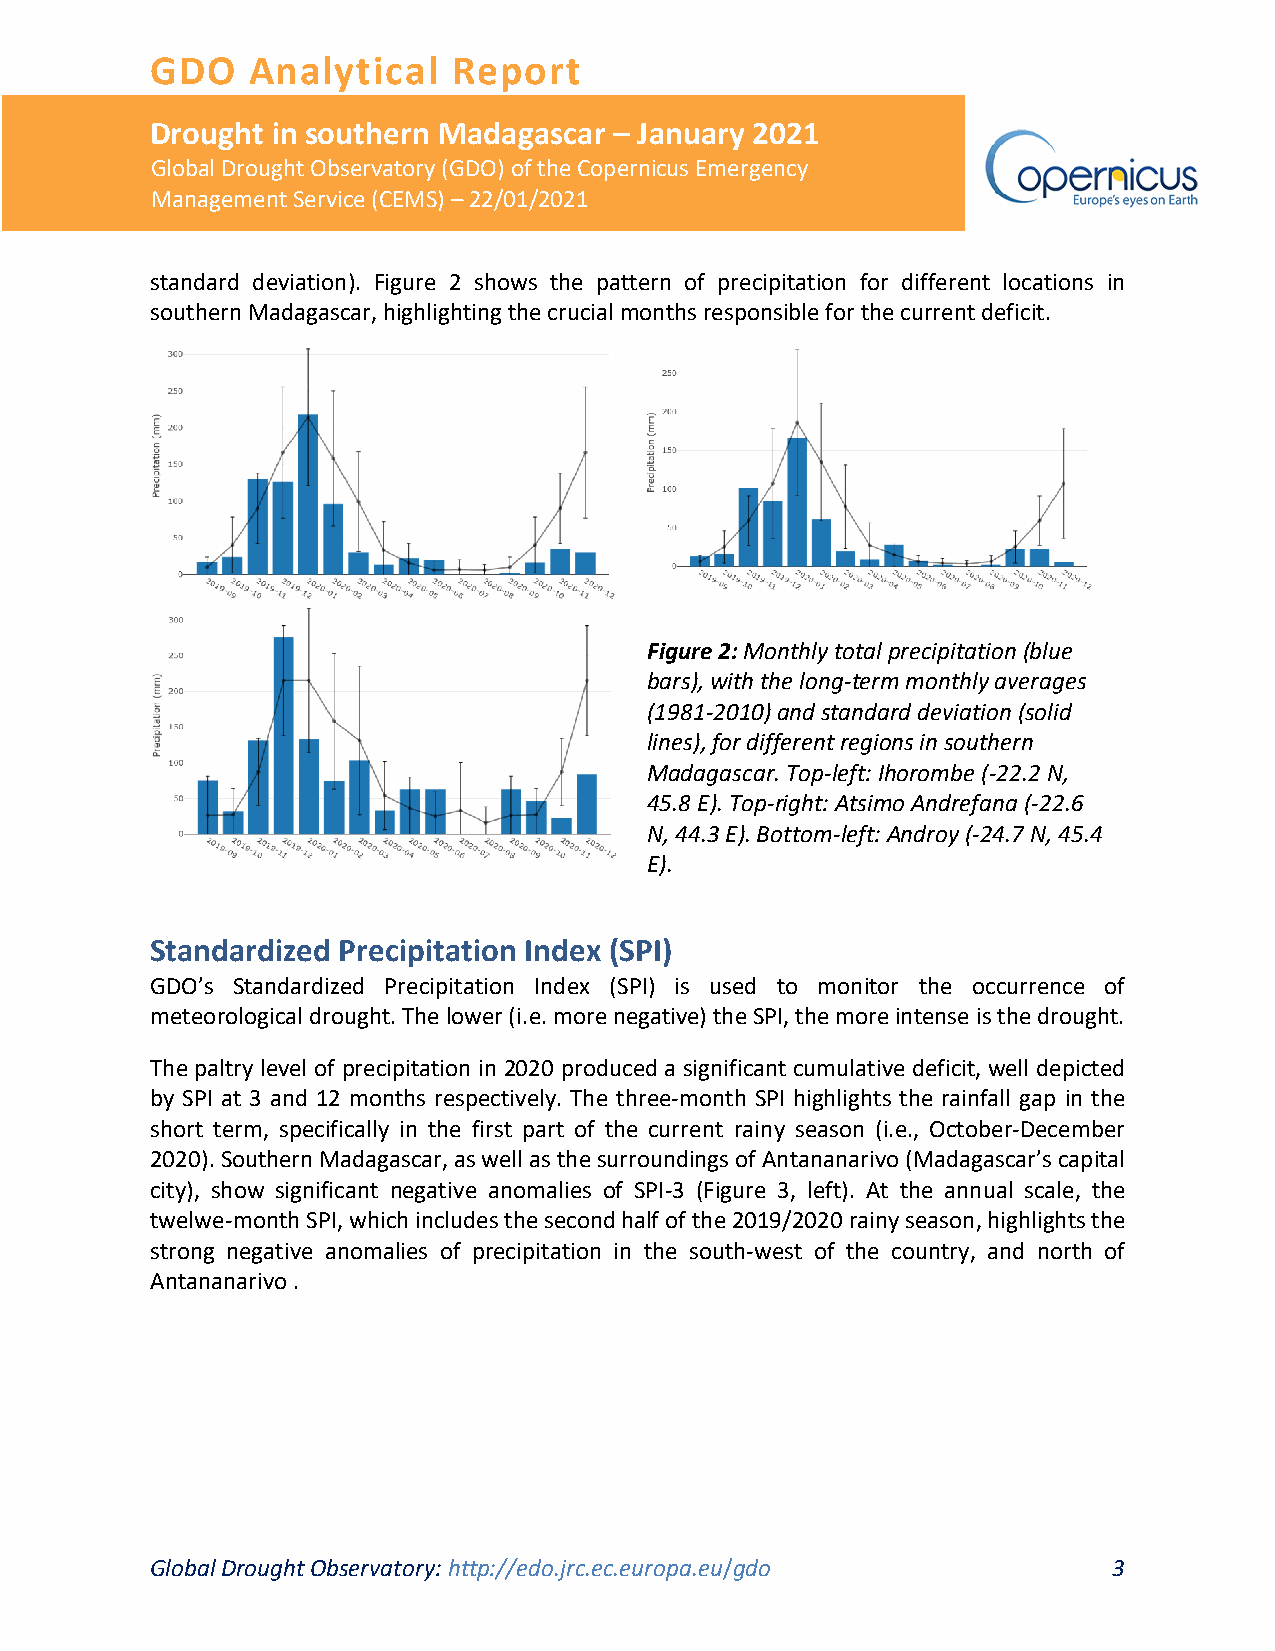
GDO   Analytical    Report
 Drought in southern Madagascar – January 2021
 Global Drought Observatory (GDO) of the Copernicus Emergency
 Management Service (CEMS) – 22/01/2021
 standard deviation). Figure 2 shows the pattern of precipitation for different locations in
 southern Madagascar, highlighting the crucial months responsible for the current deficit.
 Figure 2: Monthly total precipitation (blue
 bars), with the long-term monthly averages
 (1981-2010) and standard deviation (solid
 lines), for different regions in southern
 Madagascar. Top-left: Ihorombe (-22.2 N,
 45.8 E). Top-right: Atsimo Andrefana (-22.6
 N, 44.3 E). Bottom-left: Androy (-24.7 N, 45.4
 E).
 Standardized Precipitation Index (SPI)
 GDO’s Standardized Precipitation Index (SPI) is used to monitor the occurrence of
 meteorological drought. The lower (i.e. more negative) the SPI, the more intense is the drought.
 The paltry level of precipitation in 2020 produced a significant cumulative deficit, well depicted
 by SPI at 3 and 12 months respectively. The three-month SPI highlights the rainfall gap in the
 short term, specifically in the first part of the current rainy season (i.e., October-December
 2020). Southern Madagascar, as well as the surroundings of Antananarivo (Madagascar’s capital
 city), show significant negative anomalies of SPI-3 (Figure 3, left). At the annual scale, the
 twelwe-month SPI, which includes the second half of the 2019/2020 rainy season, highlights the
 strong negative anomalies of precipitation in the south-west of the country, and north of
 Antananarivo .
 Global Drought Observatory: http://edo.jrc.ec.europa.eu/gdo     3